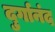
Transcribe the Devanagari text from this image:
दुर्गानंद